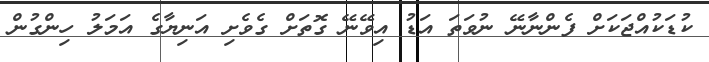
ކުޑަކުއްޖަކަށް ފެންނާނޭ ނުވަތަ އަޑު އިވޭނޭ ގޮތަށް ގެވެށި އަނިޔާގެ އަމަލު ހިންގުން